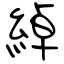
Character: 綽